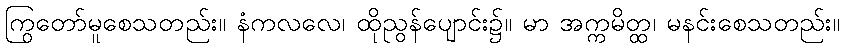
ကြွတော်မူစေသတည်း။ နံကလလေ၊ ထိုညွန်ပျောင်း၌။ မာ အက္ကမိတ္ထ၊ မနင်းစေသတည်း။